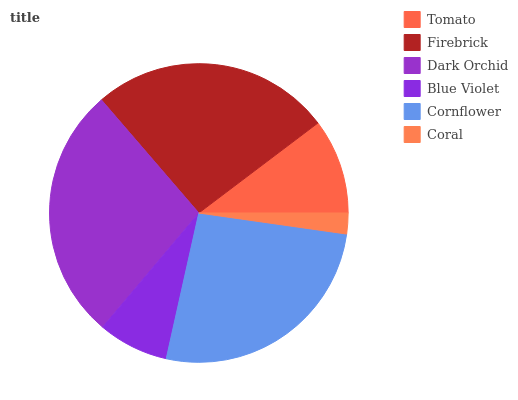
| Tomato | Firebrick | Dark Orchid | Blue Violet | Cornflower | Coral |
 | --- | --- | --- | --- | --- | --- |
 | 10.3% | 26% | 27.6% | 7.66% | 26.3% | 2.25% |